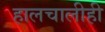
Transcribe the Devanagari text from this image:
हालचालीही